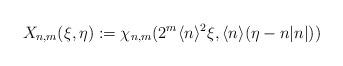
LaTeX: \begin{align*}X_{n,m}(\xi,\eta):=\chi_{n,m}(2^{m}\langle n\rangle^{2}\xi,\langle n\rangle(\eta-n|n|))\end{align*}